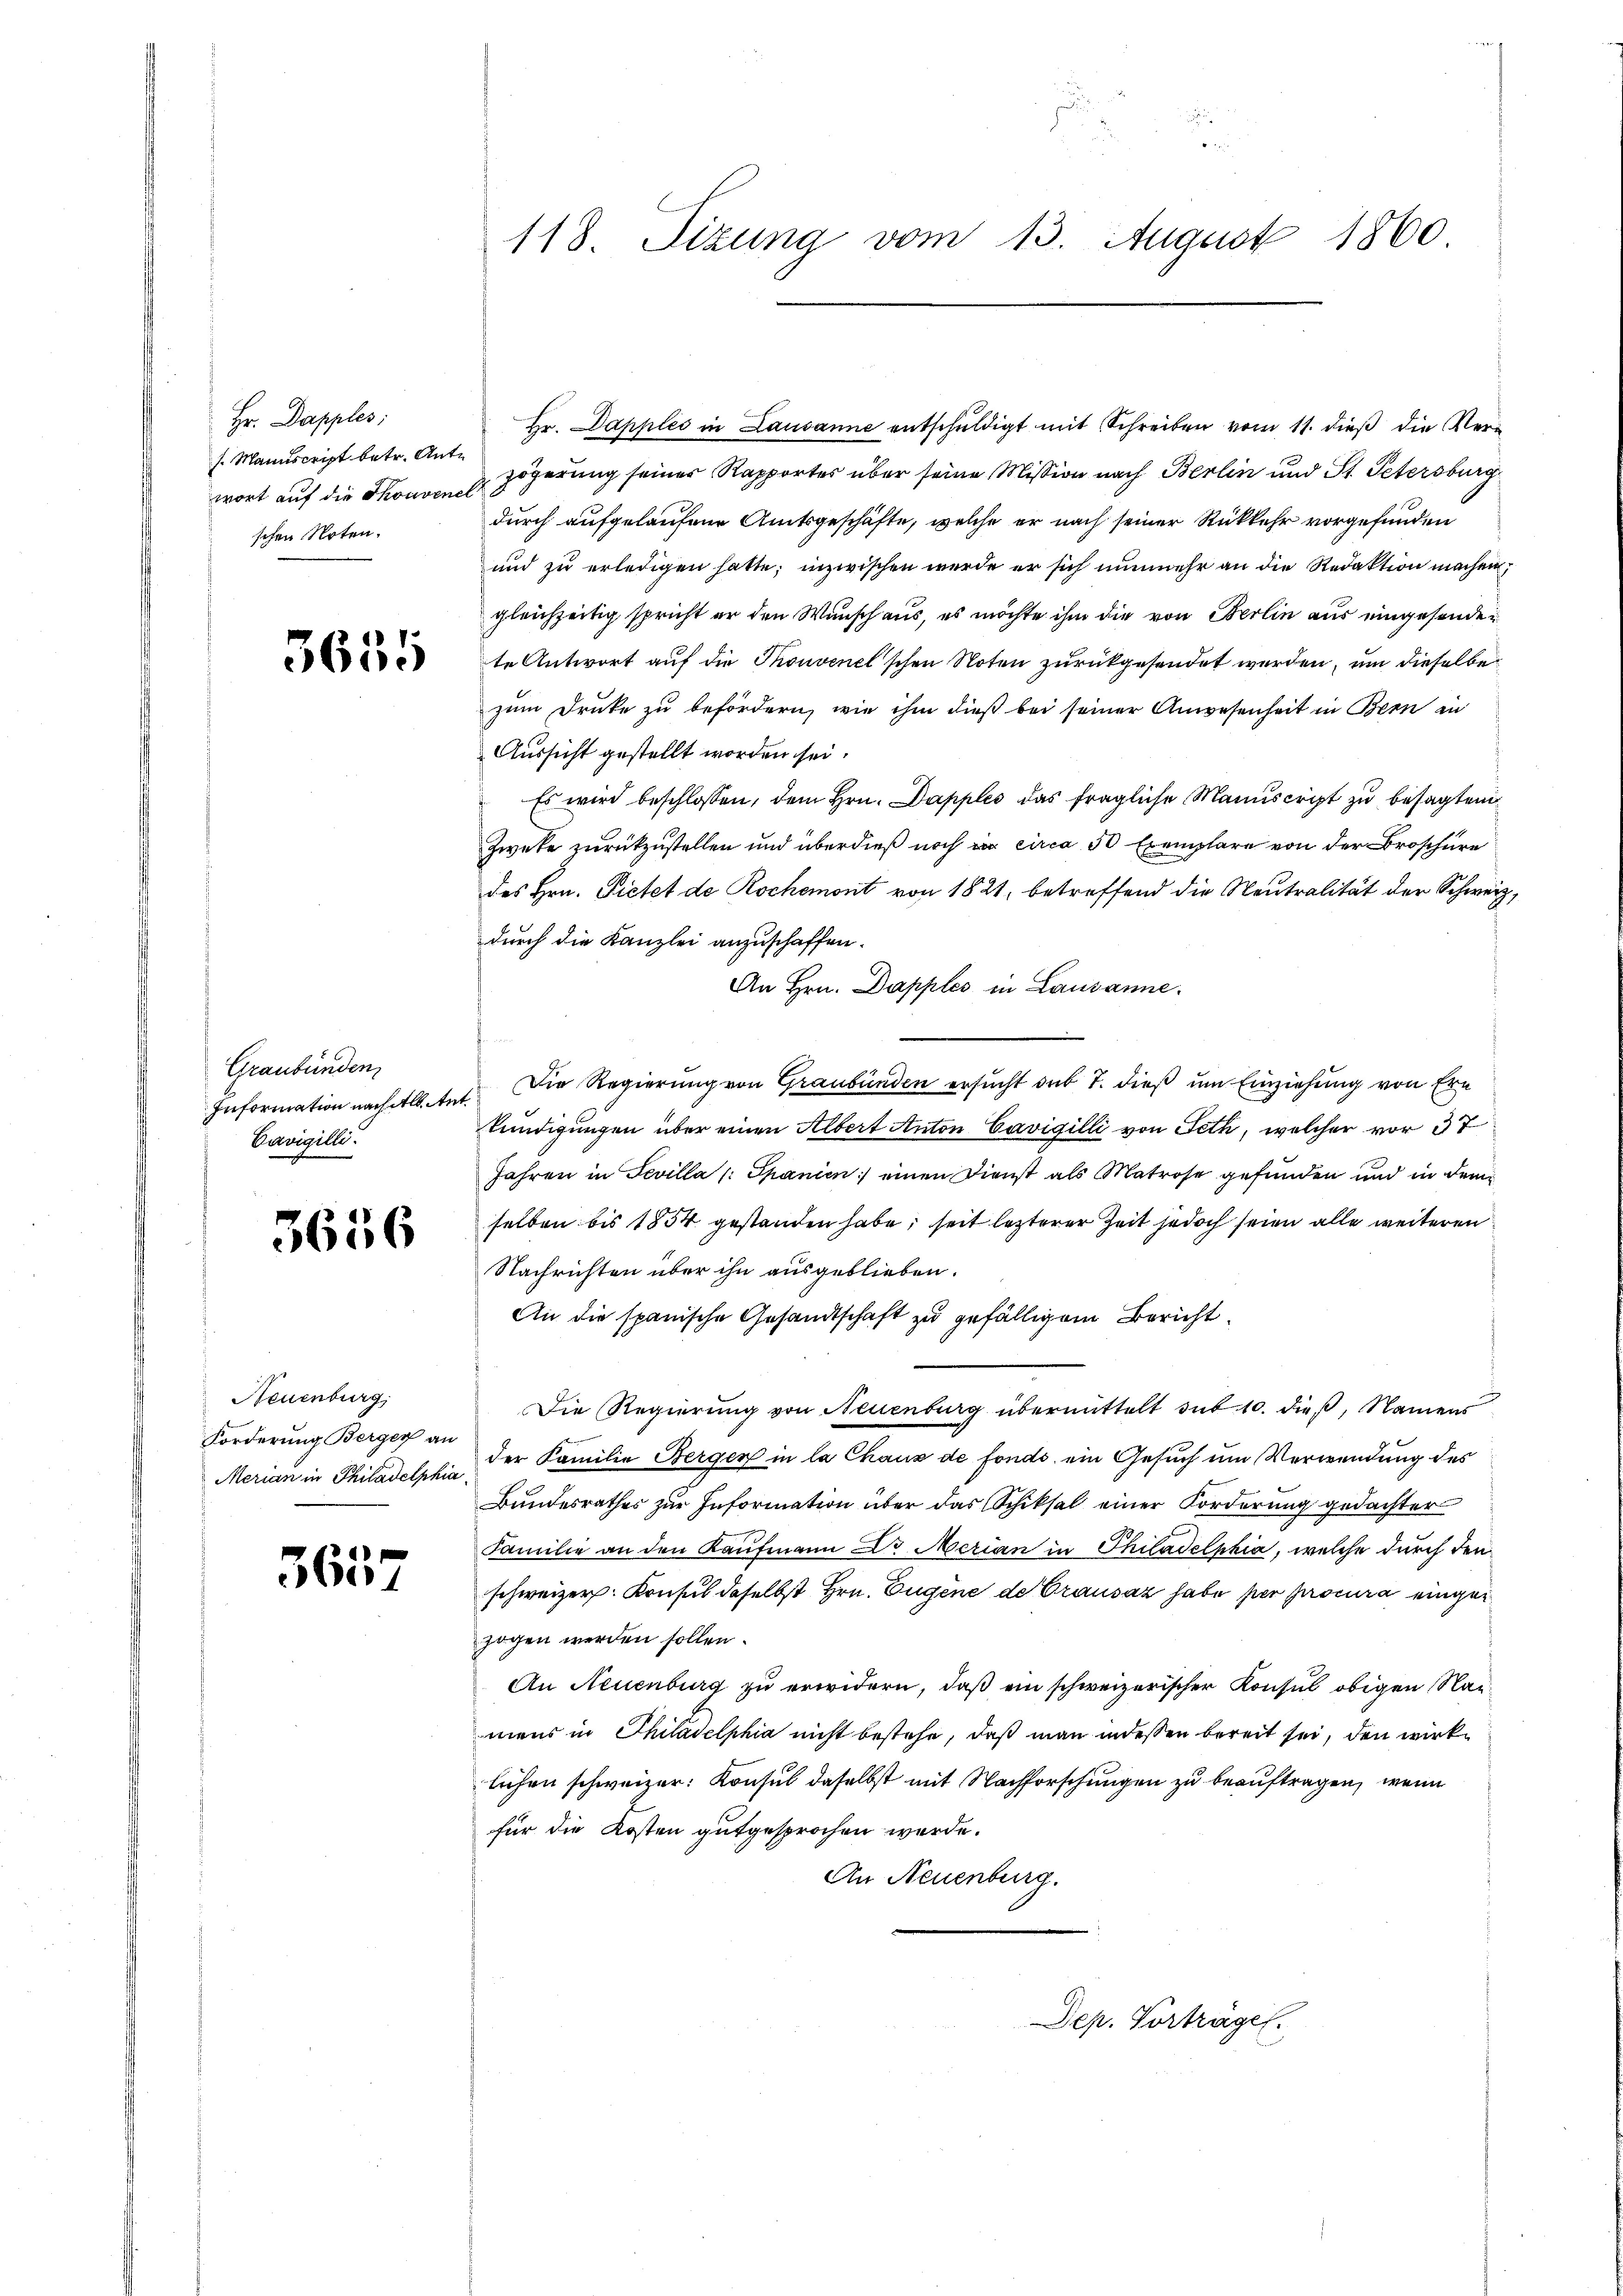
Hr. Dapples;
s. Manuscript betr. Ant.
wort auf die Thouver
schen Noten.

3651

Graubünden
Information nach Alb. Ar
Cavigilli

3656

Neuenburg,
Forderung Berger an
Merian in Philadelphia

3657

118. Sizung vom 13. August 1860

Hr. Dapples in Lausanne entschŭldigt mit Schreiben vom 11. dieß die Verzögerung seines Rapportes über seine Mission nach Berlin und St. Petersburg
durch aufgelaufene Amtsgeschäfte, welche er nach seiner Rückkehr vorgefunden
und zu erledigen hatte; inzwischen werde er sich nunmehr an die Redaktion machen
gleichzeitig spricht er den Wunsch aus, es möchte ihm die von Berlin aus eingesenden
te Antwort auf die Thonvenel’schen Noten zurückgesendet werden, um dieselbe
zum Druke zu befördern, wie ihm dieß bei seiner Anwesenheit in Bern in
Aussicht gestellt worden sei.
Es wird beschlossen, dem Hrn. Dapples das fragliche Manuscript zu besagten
Zweke zurückzustellen und überdieß noch ein circa 50 Exemplare von der Broschüre
des Hrn. Pietet de Rochemont von 1821, betreffend die Neutralität der Schweiz,
durch die Kanzlei anzuschaffen.
An Hrn. Dapples in Lausanne.
Die Regierung von Graubünden ersucht sub 7. dieß um Einziehung von Ern
kündigungen über einen Albert Anton Cavigilli von Feth, welcher vor 37
Jahren in Fevilla (: Spanien) einen Dienst als Matrose gefunden und in dem
selben bis 1854 gestanden habe, seit lezterer Zeit jedoch seien alle weiteren
Nachrichten über ihn ausgeblieben.
An die spanische Gesandtschaft zu gefälligem Bericht
Die Regierung von Neuenburg übermittelt sub. 10. dieß, Namens
der Familie Berger in la Chaus de fonds ein Gesuch um Verwendung des
Bundesrathes zur Information über das Schiksal einer Forderung gedachter
Familie an den Kaufmann Dr. Merian in Philadelphia, welche durch den
schweizer. Konsul daselbst Hrn. Eugene de Grausaz habe per procura eingezogen werden sollen.
An Neuenburg zu erwidern, daß ein schweizerischer Konsul obigen Namens in Philadelphia nicht bestehe, daß man indessen bereit sei, den wirklichen schweizer: Konsul daselbst mit Nachforschungen zu beauftragen, wenn
für die Kosten gutgesprochen werde.
An Neuenburg.

Dep. Vortrager